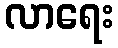
လာရေး